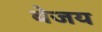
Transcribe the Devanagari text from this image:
बेजय